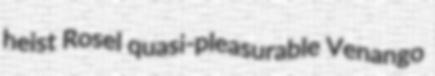
heist Rosel quasi-pleasurable Venango